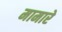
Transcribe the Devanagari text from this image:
मामारे